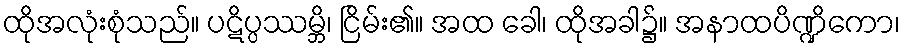
ထိုအလုံးစုံသည်။ ပဋိပ္ပဿမ္ဘိ၊ ငြိမ်း၏။ အထ ခေါ၊ ထိုအခါ၌။ အနာထပိဏ္ဍိကော၊